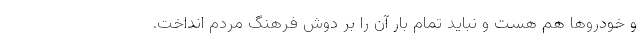
و خودروها هم هست و نباید تمام بار آن را بر دوش فرهنگ مردم انداخت.